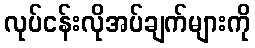
လုပ်ငန်းလိုအပ်ချက်များကို